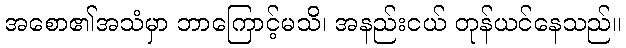
အစော၏အသံမှာ ဘာကြောင့်မသိ၊ အနည်းငယ် တုန်ယင်နေသည်။